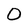
Character: O